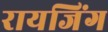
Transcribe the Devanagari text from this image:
रायजिंग